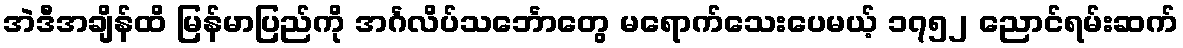
အဲဒီအချိန်ထိ မြန်မာပြည်ကို အင်္ဂလိပ်သင်္ဘောတွေ မရောက်သေးပေမယ့် ၁၇၅၂ ညောင်ရမ်းဆက်